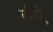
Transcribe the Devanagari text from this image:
लीप्ले